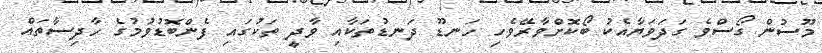
މޫސުން ގޯސްވެ ގަދަވަޔާއެކު ބޯކޮށްވާރޭވެހި ހަނޑޫ ދަނޑުތަކާއި ވާދީ ތަކުގައި ފެންބޮޑުވުމުގެ ހާދިސާތައް